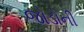
જોડોની